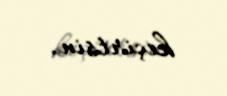
keçirtsin.